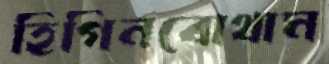
হিগিনবোথাম